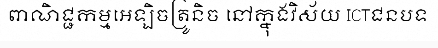
ពាណិជ្ជកម្មអេឡិចត្រូនិច នៅក្នុងវិស័យ ICTជនបទ